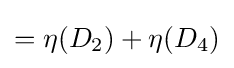
{\textstyle =\eta (D_{2})+\eta (D_{4})}